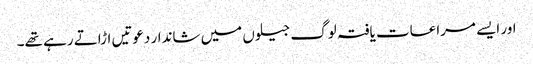
اور ایسے مراعات یافتہ لوگ جیلوں میں شاندار دعوتیں اڑاتے رہے تھے۔